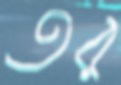
তর